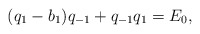
\begin{align*} (q_1-b_1)q_{-1}+q_{-1}q_1=E_0, \end{align*}